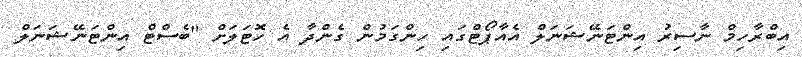
އިބްރާހިމް ނާސިރު އިންޓަނޭޝަނަލް އެއާޕޯޓްގައި ހިންގަމުން ގެންދާ އެ ހޮޓަލަށް "ބެސްޓް އިންޓަނޭޝަނަލް